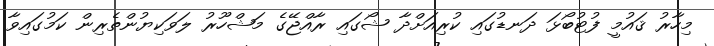
މިހާރު ޤައުމީ ފުޓުބޯޅަ ދަނޑުގައި ކުރިއަށްދާ ޝޯގައި ރާއްޖޭގެ މަޝްހޫރު ލަވަކިޔުންތެރިން ކަމުގައިވާ